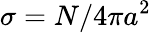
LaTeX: \sigma=N/4\pi a^{2}